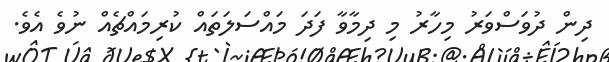
ދިން ދުވަސްވަރު މިހާރު މި ދިމާވާ ފަދަ މައްސަލަތައް ކުރިމައްޗެއް ނުވެ އެވެ.